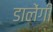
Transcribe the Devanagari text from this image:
डालेंगी